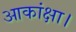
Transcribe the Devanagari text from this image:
आकांक्षा।